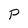
Character: P